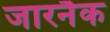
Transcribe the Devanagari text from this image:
जारनैक